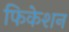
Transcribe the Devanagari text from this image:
फिकेशन